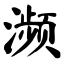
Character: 濒